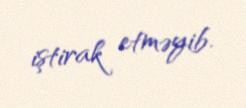
iştirak etməyib.